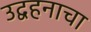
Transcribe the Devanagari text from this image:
उद्वहनाचा